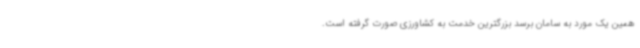
همین یک مورد به سامان برسد بزرگترین خدمت به کشاورزی صورت گرفته است.